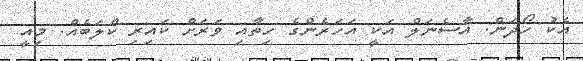
އެކު ހޯދަން. އާސެނަލް އަކީ އަހަރެންގެ ހިތާއި ވަރަށް ކައިރި ކްލަބެއް. މިއީ